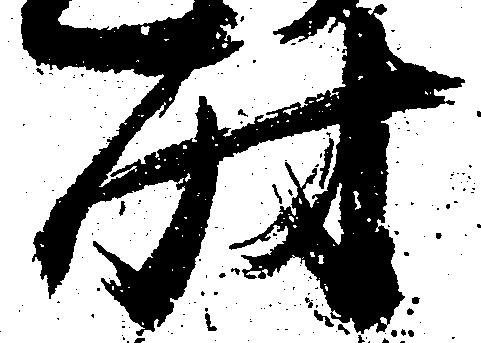
時